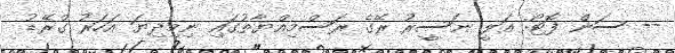
-- ސަން ފޮޓޯ: އަލީ ނަސީރު ރޭގެ ރަސްމިއްޔާތުގައި ނިމިދިޔަ އަހަރު ގްރޭޑު